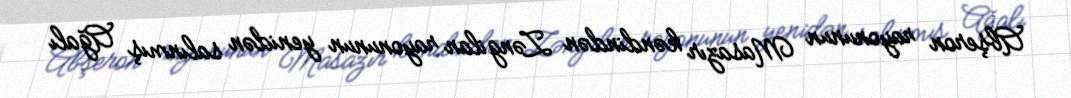
Abşeron rayonunun Masazır kəndindən Zəngilan rayonunun yenidən salınmış Ağalı